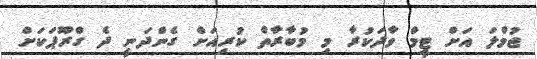
ޖުމްލަ އަށް ޓީމް ވާދަކުރާ މި މުބާރާތް ކުރިއަށް ގެންދަނީ ދެ ގްރޫޕަކަށް